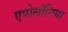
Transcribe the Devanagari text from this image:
एपोलॉनिया